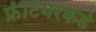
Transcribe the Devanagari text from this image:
फ्रंटियरकडे